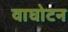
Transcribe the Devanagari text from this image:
वाघोटन